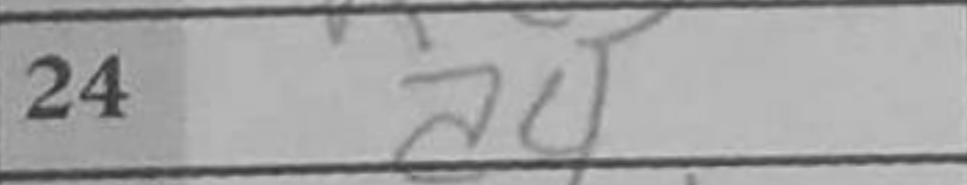
Transcription: a4